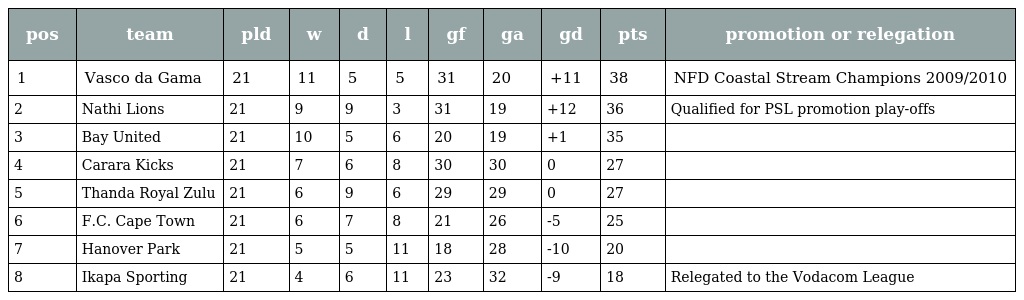
| pos | team | pld | w | d | l | gf | ga | gd | pts | promotion or relegation |
 | --- | --- | --- | --- | --- | --- | --- | --- | --- | --- | --- |
 | 1 | Vasco da Gama | 21 | 11 | 5 | 5 | 31 | 20 | +11 | 38 | NFD Coastal Stream Champions 2009/2010 |
 | 2 | Nathi Lions | 21 | 9 | 9 | 3 | 31 | 19 | +12 | 36 | Qualified for PSL promotion play-offs |
 | 3 | Bay United | 21 | 10 | 5 | 6 | 20 | 19 | +1 | 35 |  |
 | 4 | Carara Kicks | 21 | 7 | 6 | 8 | 30 | 30 | 0 | 27 |  |
 | 5 | Thanda Royal Zulu | 21 | 6 | 9 | 6 | 29 | 29 | 0 | 27 |  |
 | 6 | F.C. Cape Town | 21 | 6 | 7 | 8 | 21 | 26 | -5 | 25 |  |
 | 7 | Hanover Park | 21 | 5 | 5 | 11 | 18 | 28 | -10 | 20 |  |
 | 8 | Ikapa Sporting | 21 | 4 | 6 | 11 | 23 | 32 | -9 | 18 | Relegated to the Vodacom League |